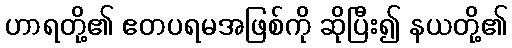
ဟာရတို့၏ ဧတပရမအဖြစ်ကို ဆိုပြီး၍ နယတို့၏